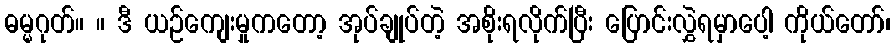
ဓမ္မဂုတ်။ ။ ဒီ ယဉ်ကျေးမှုကတော့ အုပ်ချုပ်တဲ့ အစိုးရလိုက်ပြီး ပြောင်းလွှဲရမှာပေါ့ ကိုယ်တော်၊